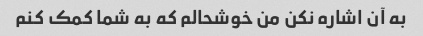
به آن اشاره نکن من خوشحالم که به شما کمک کنم